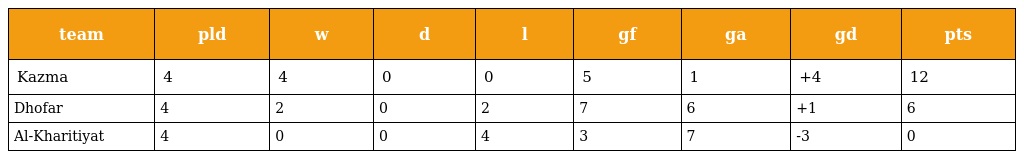
| team | pld | w | d | l | gf | ga | gd | pts |
 | --- | --- | --- | --- | --- | --- | --- | --- | --- |
 | Kazma | 4 | 4 | 0 | 0 | 5 | 1 | +4 | 12 |
 | Dhofar | 4 | 2 | 0 | 2 | 7 | 6 | +1 | 6 |
 | Al-Kharitiyat | 4 | 0 | 0 | 4 | 3 | 7 | -3 | 0 |